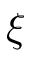
\boldsymbol { \xi }